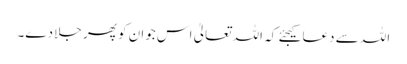
اللہ سے دعا کیجئے کہ اللہ تعالیٰ اس جوان کو پھر جلا دے۔